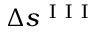
\Delta s ^ { \mathrm { ~ I ~ I ~ I ~ } }